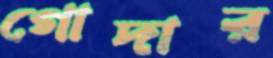
গোদার